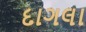
દાગલા